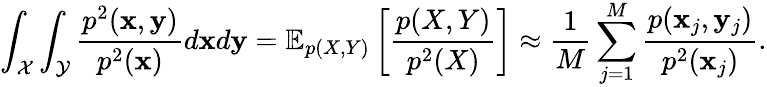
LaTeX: \int_{\mathcal{X}}\int_{\mathcal{Y}}\frac{p^{2}(\mathbf{x},\mathbf{y})}{p^{2}(\mathbf{x})}d\mathbf{x}d\mathbf{y}=\mathbb{E}_{p(X,Y)}\left[\frac{p(X,Y)}{p^{2}(X)}\right]\approx\frac{1}{M}\sum_{j=1}^{M}\frac{p(\mathbf{x}_{j},\mathbf{y}_{j})}{p^{2}(\mathbf{x}_{j})}.